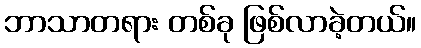
ဘာသာတရား တစ်ခု ဖြစ်လာခဲ့တယ်။